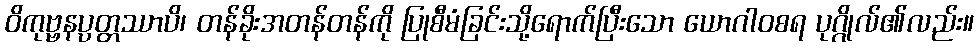
ဝိကုဗ္ဗနပ္ပတ္တဿာပိ၊ တန်ခိုးအတန်တန်ကို ပြုစီမံခြင်းသို့ရောက်ပြီးသော ယောဂါဝစရ ပုဂ္ဂိုလ်၏လည်း။